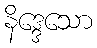
နိဒ္ဒေသော